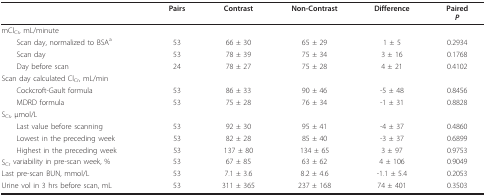
<table><thead><tr><td></td><td><b>Pairs</b></td><td><b>Contrast</b></td><td><b>Non-Contrast</b></td><td><b>Difference</b></td><td><b>Paired<i>P</i></b></td></tr></thead><tbody><tr><td>mCl<sub>Cr</sub>, mL/minute</td><td></td><td></td><td></td><td></td><td></td></tr><tr><td> Scan day, normalized to BSA<sup>a</sup></td><td>53</td><td>66 ± 30</td><td>65 ± 29</td><td>1 ± 5</td><td>0.2934</td></tr><tr><td> Scan day</td><td>53</td><td>78 ± 39</td><td>75 ± 34</td><td>3 ± 16</td><td>0.1768</td></tr><tr><td> Day before scan</td><td>24</td><td>78 ± 27</td><td>75 ± 28</td><td>4 ± 21</td><td>0.4102</td></tr><tr><td>Scan day calculated Cl<sub>Cr</sub>, mL/min</td><td></td><td></td><td></td><td></td><td></td></tr><tr><td> Cockcroft-Gault formula</td><td>53</td><td>86 ± 33</td><td>90 ± 46</td><td>-5 ± 48</td><td>0.8456</td></tr><tr><td> MDRD formula</td><td>53</td><td>75 ± 28</td><td>76 ± 34</td><td>-1 ± 31</td><td>0.8828</td></tr><tr><td>S<sub>Cr</sub>, μmol/L</td><td></td><td></td><td></td><td></td><td></td></tr><tr><td> Last value before scanning</td><td>53</td><td>92 ± 30</td><td>95 ± 41</td><td>-4 ± 37</td><td>0.4860</td></tr><tr><td> Lowest in the preceding week</td><td>53</td><td>82 ± 28</td><td>85 ± 40</td><td>-3 ± 37</td><td>0.6899</td></tr><tr><td> Highest in the preceding week</td><td>53</td><td>137 ± 80</td><td>134 ± 65</td><td>3 ± 97</td><td>0.9753</td></tr><tr><td>S<sub>Cr </sub>variability in pre-scan week, %</td><td>53</td><td>67 ± 85</td><td>63 ± 62</td><td>4 ± 106</td><td>0.9049</td></tr><tr><td>Last pre-scan BUN, mmol/L</td><td>53</td><td>7.1 ± 3.6</td><td>8.2 ± 4.6</td><td>-1.1 ± 5.4</td><td>0.2053</td></tr><tr><td>Urine vol in 3 hrs before scan, mL</td><td>53</td><td>311 ± 365</td><td>237 ± 168</td><td>74 ± 401</td><td>0.3503</td></tr></tbody></table>